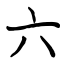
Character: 六